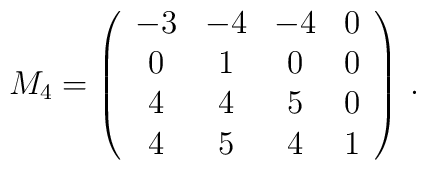
M_{4}=        \left( \begin{array}{cccc}-3 & -4 & -4 & 0 \\        0 & 1 & 0 & 0 \\        4 & 4 & 5 & 0 \\        4 & 5 & 4 & 1        \end{array} \right) \, .